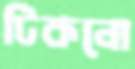
টিকনো